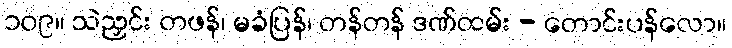
၁၀၉။ သဲညှင်း တဖန်၊ မခံပြန်၊ တန်တန် ဒဏ်ထမ်း - တောင်းပန်လော။